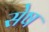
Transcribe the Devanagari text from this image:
सेष